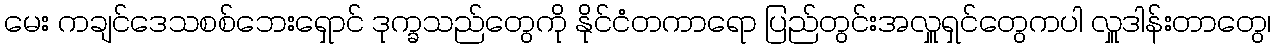
မေး ကချင်ဒေသစစ်ဘေးရှောင် ဒုက္ခသည်တွေကို နိုင်ငံတကာရော ပြည်တွင်းအလှူရှင်တွေကပါ လှူဒါန်းတာတွေ၊